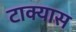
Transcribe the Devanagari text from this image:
टाक्यास